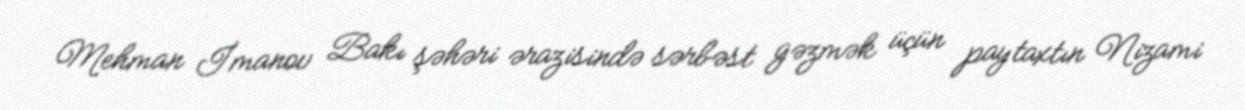
Mehman İmanov Bakı şəhəri ərazisində sərbəst gəzmək üçün paytaxtın Nizami